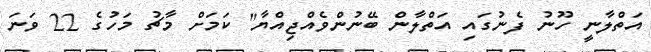
އަތްލާނީ ހޫނު ފެނުގައި އަތްލާން ބޭނުންވެއްޖިއްޔާ" ކަމަށް މާޗު މަހުގެ 22 ވަނަ